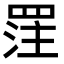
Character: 𮊈